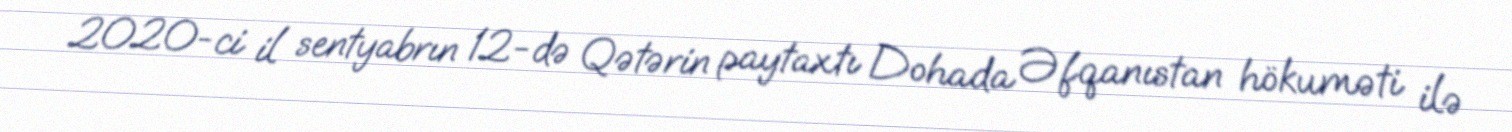
2020-ci il sentyabrın 12-də Qətərin paytaxtı Dohada Əfqanıstan hökuməti ilə